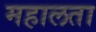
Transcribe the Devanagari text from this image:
महालता